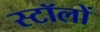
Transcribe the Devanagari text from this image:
स्टॉलों